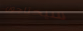
سيحتاجون